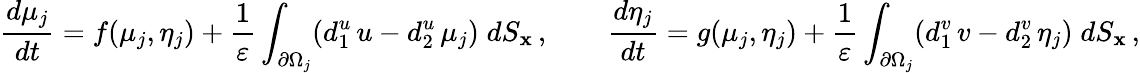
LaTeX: \frac{d\mu_{j}}{dt}=f(\mu_{j},\eta_{j})+\frac{1}{\varepsilon}\int_{\partial\Omega_{j}}(d_{1}^{u}\, u-d_{2}^{u}\, \mu_{j})\; dS_{\mathbf x}\, ,\qquad\frac{d\eta_{j}}{dt}=g(\mu_{j},\eta_{j})+\frac{1}{\varepsilon}\int_{\partial\Omega_{j}}(d_{1}^{v}\, v-d_{2}^{v}\, \eta_{j})\; dS_{\mathbf x}\, ,